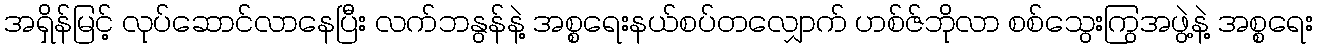
အရှိန်မြင့် လုပ်ဆောင်လာနေပြီး လက်ဘနွန်နဲ့ အစ္စရေးနယ်စပ်တလျှောက် ဟစ်ဇ်ဘိုလာ စစ်သွေးကြွအဖွဲ့နဲ့ အစ္စရေး